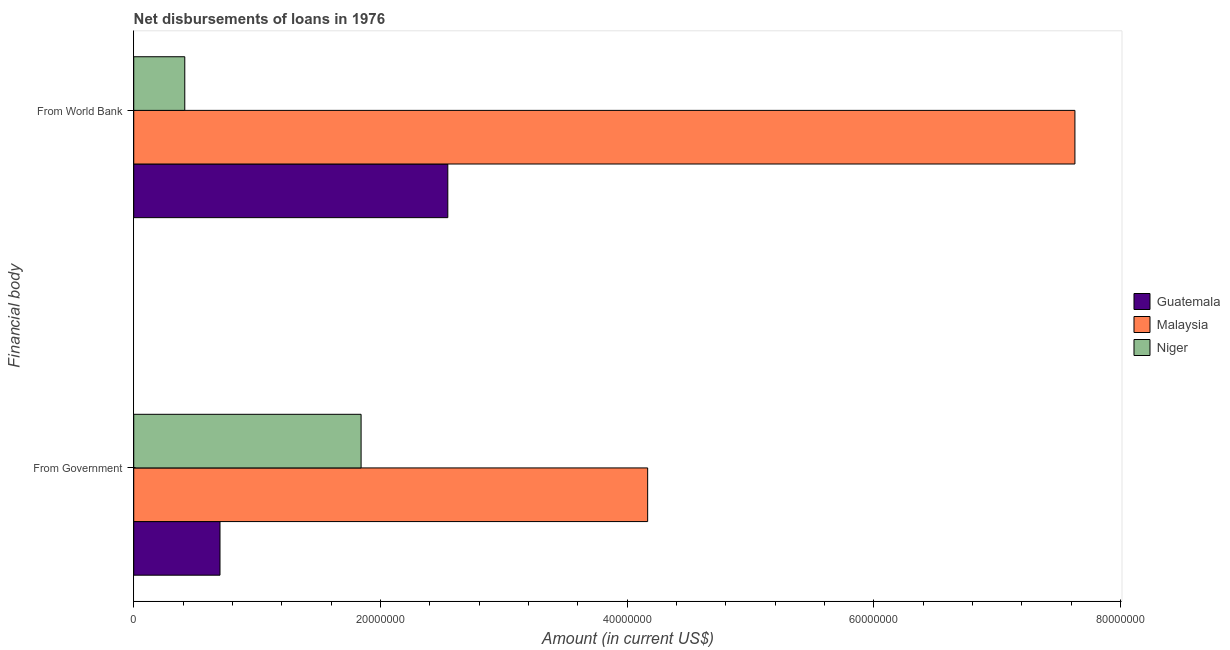
| Financial body | Guatemala | Malaysia | Niger |
 | --- | --- | --- | --- |
 | From Government | 6.99e+06 | 4.17e+07 | 1.84e+07 |
 | From World Bank | 2.55e+07 | 7.63e+07 | 4.14e+06 |